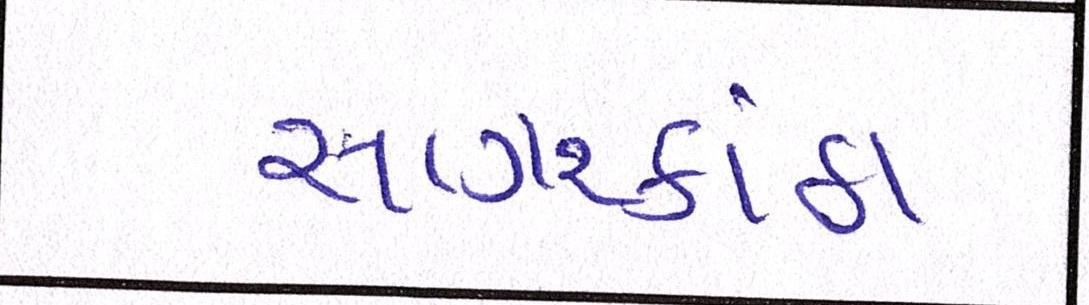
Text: સાગરકાંઠા